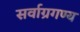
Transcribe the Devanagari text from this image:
सर्वाग्रगण्य